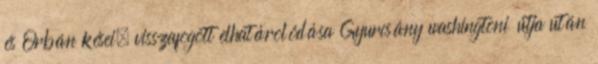
és Orbán kései, visszafogott elhatárolódása Gyurcsány washingtoni útja után